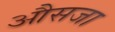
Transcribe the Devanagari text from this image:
औसजा